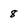
Character: 8